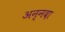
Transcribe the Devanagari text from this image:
अन्नदा